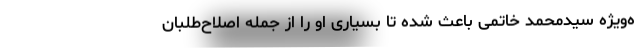
ه‌ویژه سیدمحمد خاتمی باعث شده تا بسیاری او را از جمله اصلاح‌طلبان